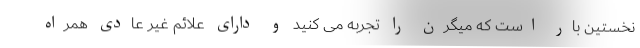
نخستین بار است که میگرن را تجربه می کنید و دارای علائم غیر عادی همراه